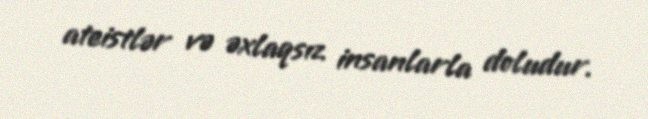
ateistlər və əxlaqsız insanlarla doludur.